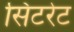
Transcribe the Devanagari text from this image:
सिटरेट